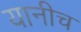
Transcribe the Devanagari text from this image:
यानीच